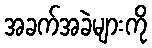
အခက်အခဲများကို